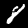
Label: 8